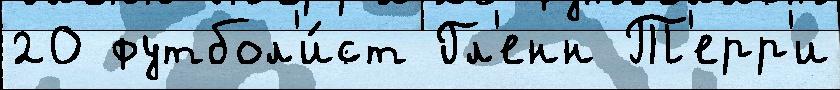
20 футбол'и́ст Гл'енн Т'ерр'и